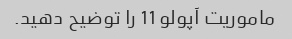
ماموریت آپولو 11 را توضیح دهید.